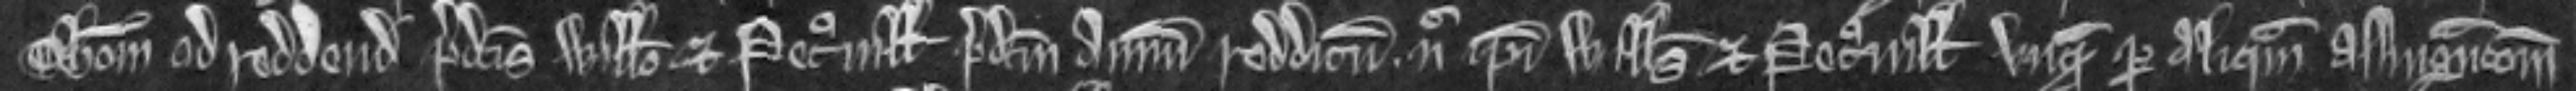
Thomam ad reddendum predictis Willelmo et Petronille predictum annuum redditum nec ipsi Willelmus et Petronilla unquam per aliquam assignacionem